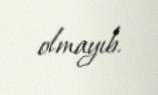
olmayıb.